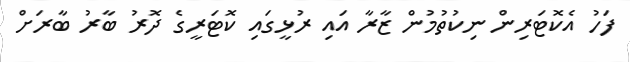
ފަހު އެކޮޓަރިން ނިކުތުމުން ޒާރާ އައި ރުޅީގައި ކޮޓަރީގެ ދޮރު ބާރު ބާރަށް